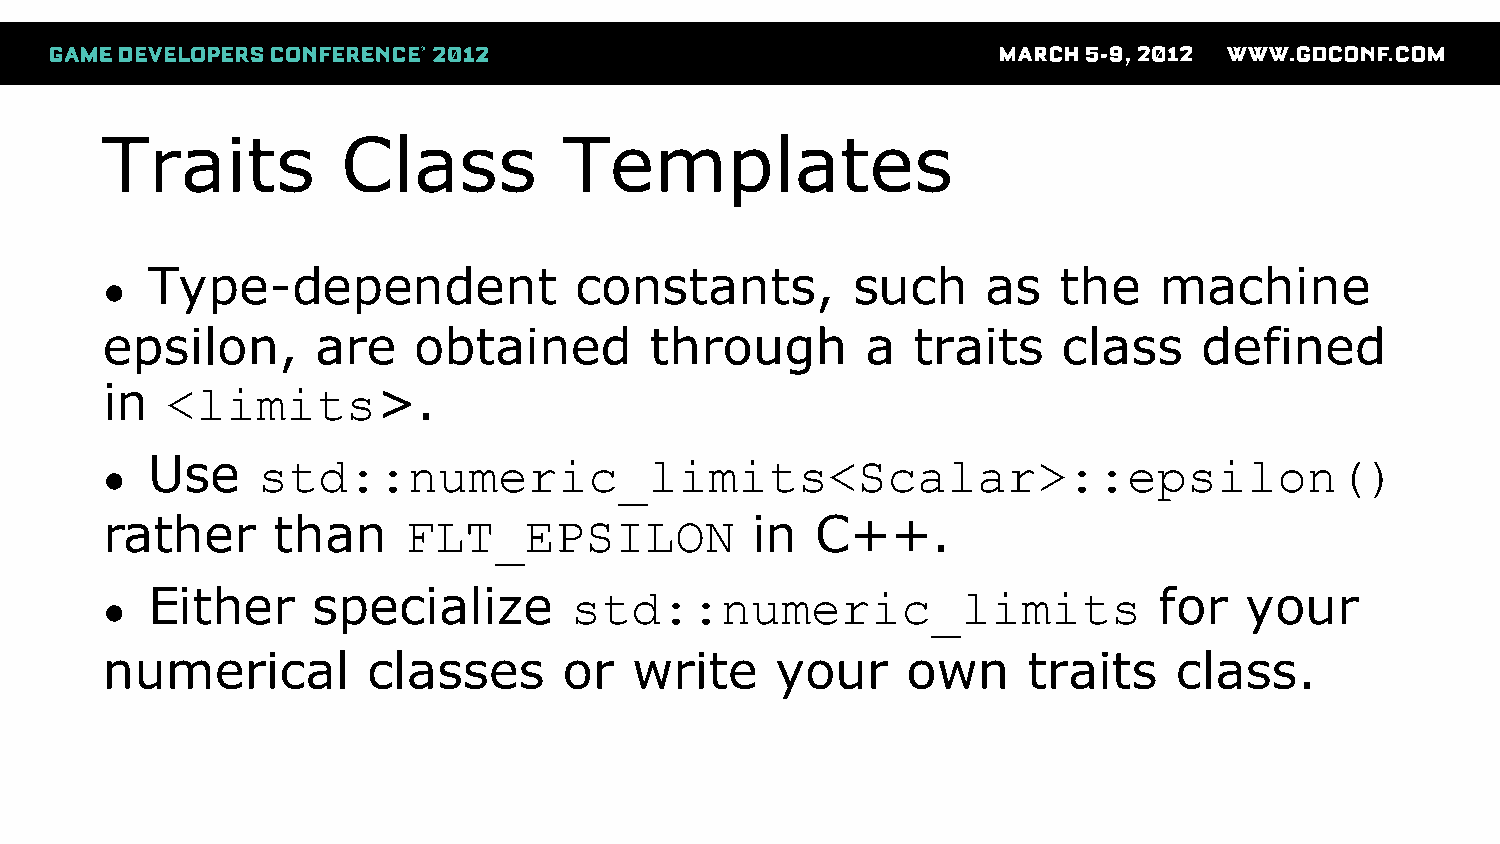
Traits          Class         Templates
 Type-dependent              constants,        such     as   the    machine
 ●
 epsilon,      are   obtained        through       a  traits    class     defined
 in  <limits>.
 Use    std::numeric_limits<Scalar>::epsilon()
 ●
 rather     than     FLT_EPSILON            in  C++.
 Either     specialize       std::numeric_limits                    for  your
 ●
 numerical        classes      or   write    your     own     traits    class.